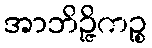
အာဘိဉ္ဇိကဉ္စ